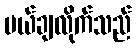
ပယ်ချလိုက်သည်